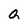
Character: G